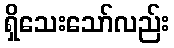
ရှိသေးသော်လည်း